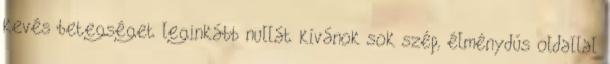
kevés betegséget leginkább nullát kívánok sok szép, élménydús oldallal